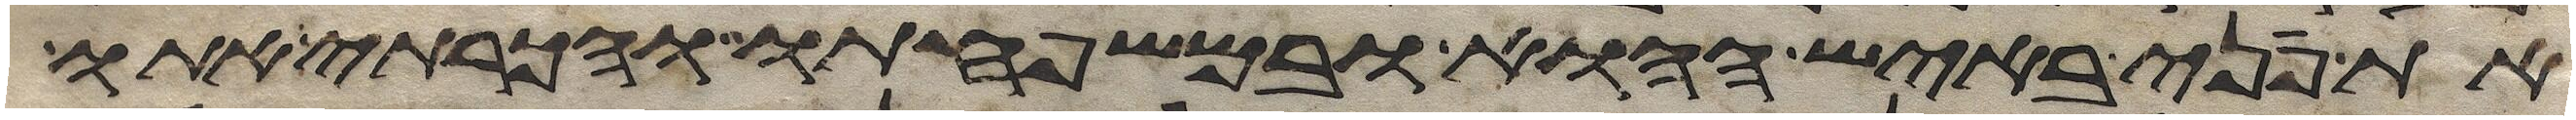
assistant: את פני באיש ההוא ובמשפחתו והכרתי אתו